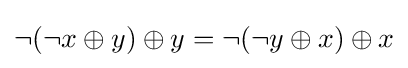
\lnot (\lnot x\oplus y)\oplus y=\lnot (\lnot y\oplus x)\oplus x